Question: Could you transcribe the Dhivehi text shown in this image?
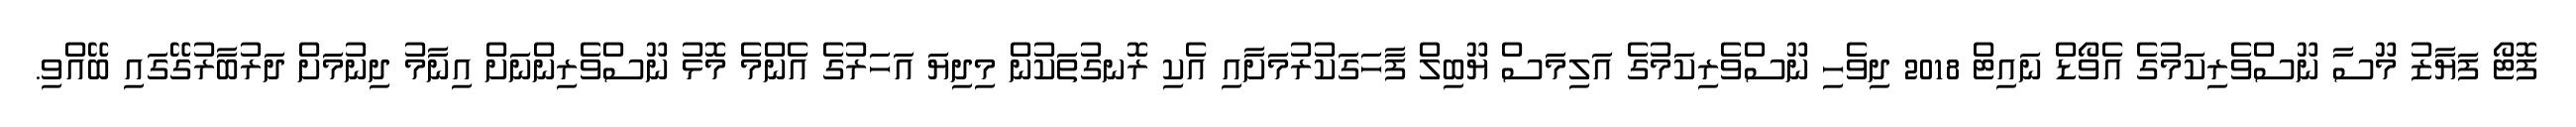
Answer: ފޮޓޯ ފަޔާޒު މޫސާ ނޫސްވެރިކަމުގެ އެވޯޑް ނައިޓް 2018 ދިވެހި ނޫސްވެރިކަމުގެ އަލިމަސް ޔޫބިލް ފާހަގަކުރުމަށާއި އެކި ރޮނގުތަކުން މިދިޔަ އަހަރުގެ އެންމެ މޮޅު ނޫސްވެރިންނަށް އިނާމު ދިނުމަށް ދަރުބާރުގޭގައި ބޭއްވި.